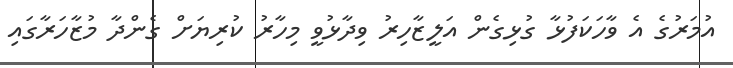
އުމަރުގެ އެ ވާހަކަފުޅާ ގުޅިގެން އަލީޒާހިރު ވިދާޅުވީ މިހާރު ކުރިޔަށް ގެންދާ މުޒާހަރާގައި